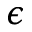
\epsilon